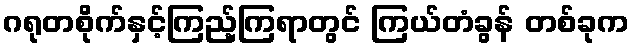
ဂရုတစိုက်နှင့်ကြည့်ကြရာတွင် ကြယ်တံခွန် တစ်ခုက